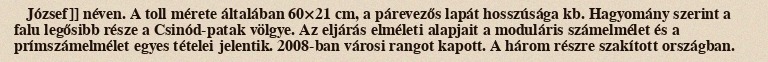
József]] néven. A toll mérete általában 60×21 cm, a párevezős lapát hosszúsága kb. Hagyomány szerint a falu legősibb része a Csinód-patak völgye. Az eljárás elméleti alapjait a moduláris számelmélet és a prímszámelmélet egyes tételei jelentik. 2008-ban városi rangot kapott. A három részre szakított országban.